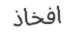
افخاذ